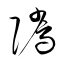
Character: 隲